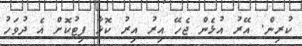
ކުރިން. އޭރު އުޅެން ޖެހޭ އިރު އިރު ކޮޅާ ފިޓުކޮށް އެ ދުވަހު